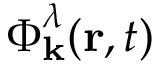
\boldsymbol { \Phi } _ { \mathbf { k } } ^ { \lambda } ( \mathbf { r } , t )